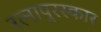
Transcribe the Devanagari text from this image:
रत्नापुरस्कार